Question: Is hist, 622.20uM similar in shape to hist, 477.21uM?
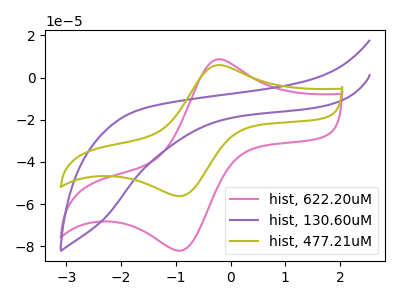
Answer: <think>The pink curve "hist, 622.20uM" has an anodic peak at (-0.25V, 8.60uA) and a cathodic peak at (-0.95V, -82.15uA). The purple curve "hist, 130.60uM" has no peaks. The olive curve "hist, 477.21uM" has an anodic peak at (-0.25V, 5.90uA) and a cathodic peak at (-0.95V, -56.20uA).
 All the peaks in "hist, 622.20uM" have a peak in "hist, 477.21uM" at the same potential. Every peak in "hist, 622.20uM" is higher than every peak in "hist, 477.21uM".</think>
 <answer>"hist, 622.20uM" and "hist, 477.21uM" are similar in shape.</answer>
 <eval>same_shape</eval>